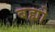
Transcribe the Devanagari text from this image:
बह्मो